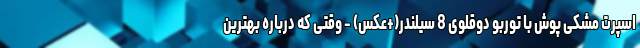
اسپرت مشکی پوش با توربو دوقلوی 8 سیلندر(+عکس) - وقتی که درباره بهترین